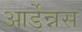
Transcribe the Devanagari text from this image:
आर्डेन्नस